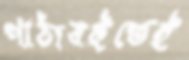
পাঠ্যবইতেই